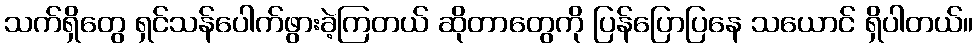
သက်ရှိတွေ ရှင်သန်ပေါက်ဖွားခဲ့ကြတယ် ဆိုတာတွေကို ပြန်ပြောပြနေ သယောင် ရှိပါတယ်။